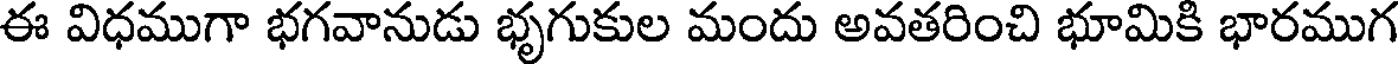
ఈ విధముగా భగవానుడు భృగుకుల మందు అవతరించి భూమికి భారముగ